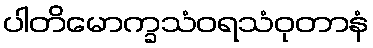
ပါတိမောက္ခသံဝရသံဝုတာနံ